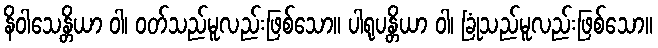
နိဝါသေန္တိယာ ဝါ၊ ဝတ်သည်မူလည်းဖြစ်သော။ ပါရုပန္တိယာ ဝါ၊ ခြုံသည်မူလည်းဖြစ်သော။